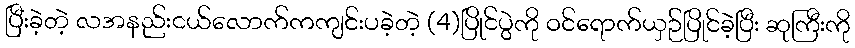
ပြီးခဲ့တဲ့ လအနည်းငယ်လောက်ကကျင်းပခဲ့တဲ့ (4)ပြိုင်ပွဲကို ဝင်ရောက်ယှဉ်ပြိုင်ခဲ့ပြီး ဆုကြီးကို